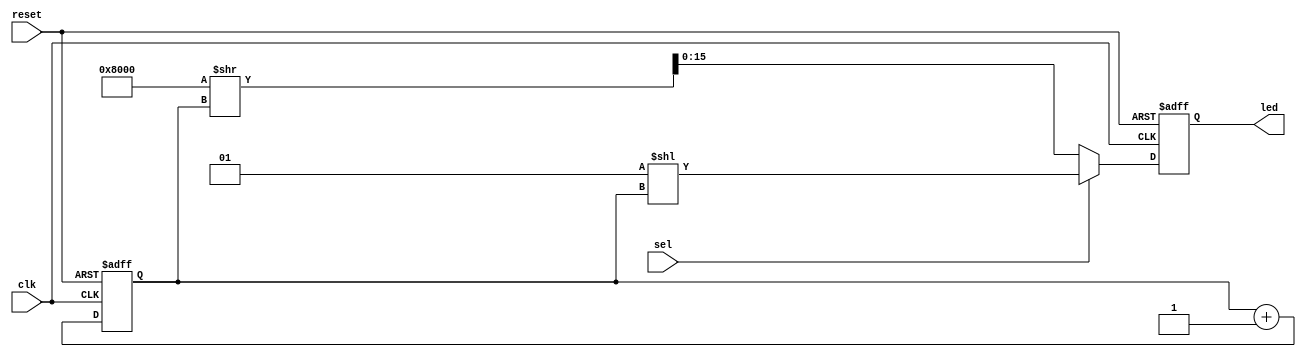
`timescale 1ns / 1ps
//////////////////////////////////////////////////////////////////////////////////
// Company: 
// Engineer: 
// 
// Design Name: 
// Module Name: left_shift
// Project Name: 
// Target Devices: 
// Tool Versions: 
// Description: 
// 
// Dependencies: 
// 
// Revision:
// Revision 0.01 - File Created
// Additional Comments:
// 
//////////////////////////////////////////////////////////////////////////////////


module shift(   // Pretty similar to flash.v with only one extra input
    input sel,  // This will be our switch to control direction
    input clk,  // This design expects a 2Hz clock
    input reset,    // More reset, cool
    output reg [15:0] led = 0   // Our output LED
    );
    
    reg [3:0] shift_count = 0; // This counter watches controls which LED is on at any given moment
    always @(posedge clk, posedge reset) begin
        if (reset) begin        // Reset block
            shift_count <= 0;
            led <= 0;
        end
        else begin
        if(shift_count >= 15) begin // Resets the shift count when it gets too big
            shift_count <= 0;
        end
        // This is where the magic happens, the led output is either binary shifted to the left or right
        // starting at 1 if binary shifting left, starting at 2^15 if shifting from the right
        // and controlled by the 'sel' switch 
        led <= sel ? 1 << shift_count : 2**15 >> shift_count; // condition ? if true : if false
                                                              
        shift_count <= shift_count + 1;                // this line again
        end
    end
endmodule